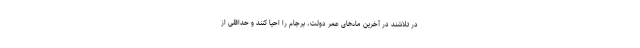
در تلاشند در آخرین ماه‌های عمر دولت، برجام را احیا کنند و حداقلی از